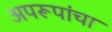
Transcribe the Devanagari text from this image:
अपरूपांचा